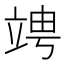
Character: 𥪁